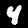
Label: 4